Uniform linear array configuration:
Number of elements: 4
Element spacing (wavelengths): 0.75
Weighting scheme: hann
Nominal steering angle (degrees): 30
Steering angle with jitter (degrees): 28.505
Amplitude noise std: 0.05
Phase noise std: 0.05

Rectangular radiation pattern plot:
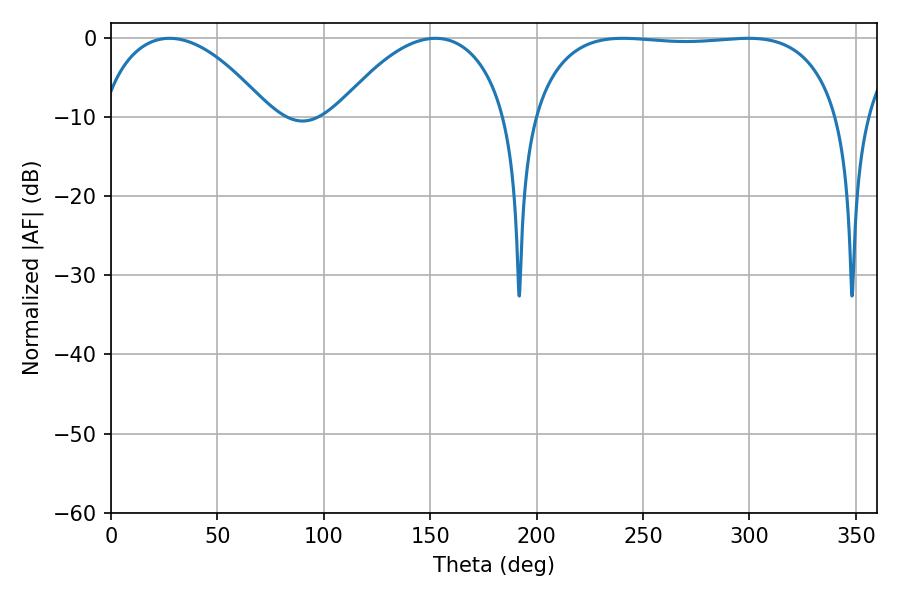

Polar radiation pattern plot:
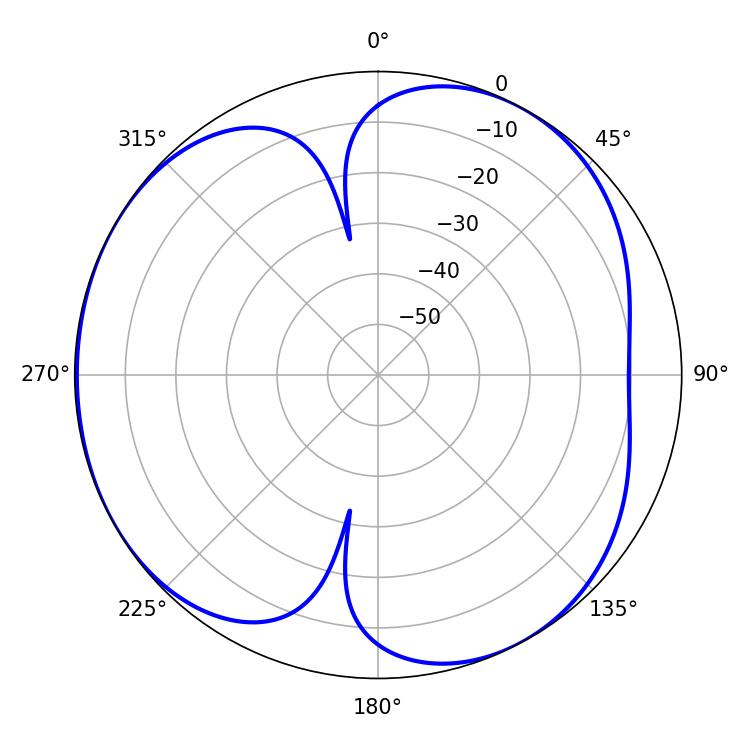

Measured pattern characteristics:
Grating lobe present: TRUE
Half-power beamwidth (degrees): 45
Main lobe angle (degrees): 27.54